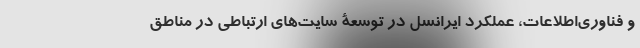
و فناوری‌اطلاعات، عملکرد ایرانسل در توسعۀ سایت‌های ارتباطی در مناطق